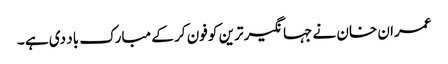
عمران خان نے جہانگیر ترین کو فون کر کے مبارک باد دی ہے ۔